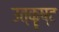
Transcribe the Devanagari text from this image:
उत्कॄष्ट